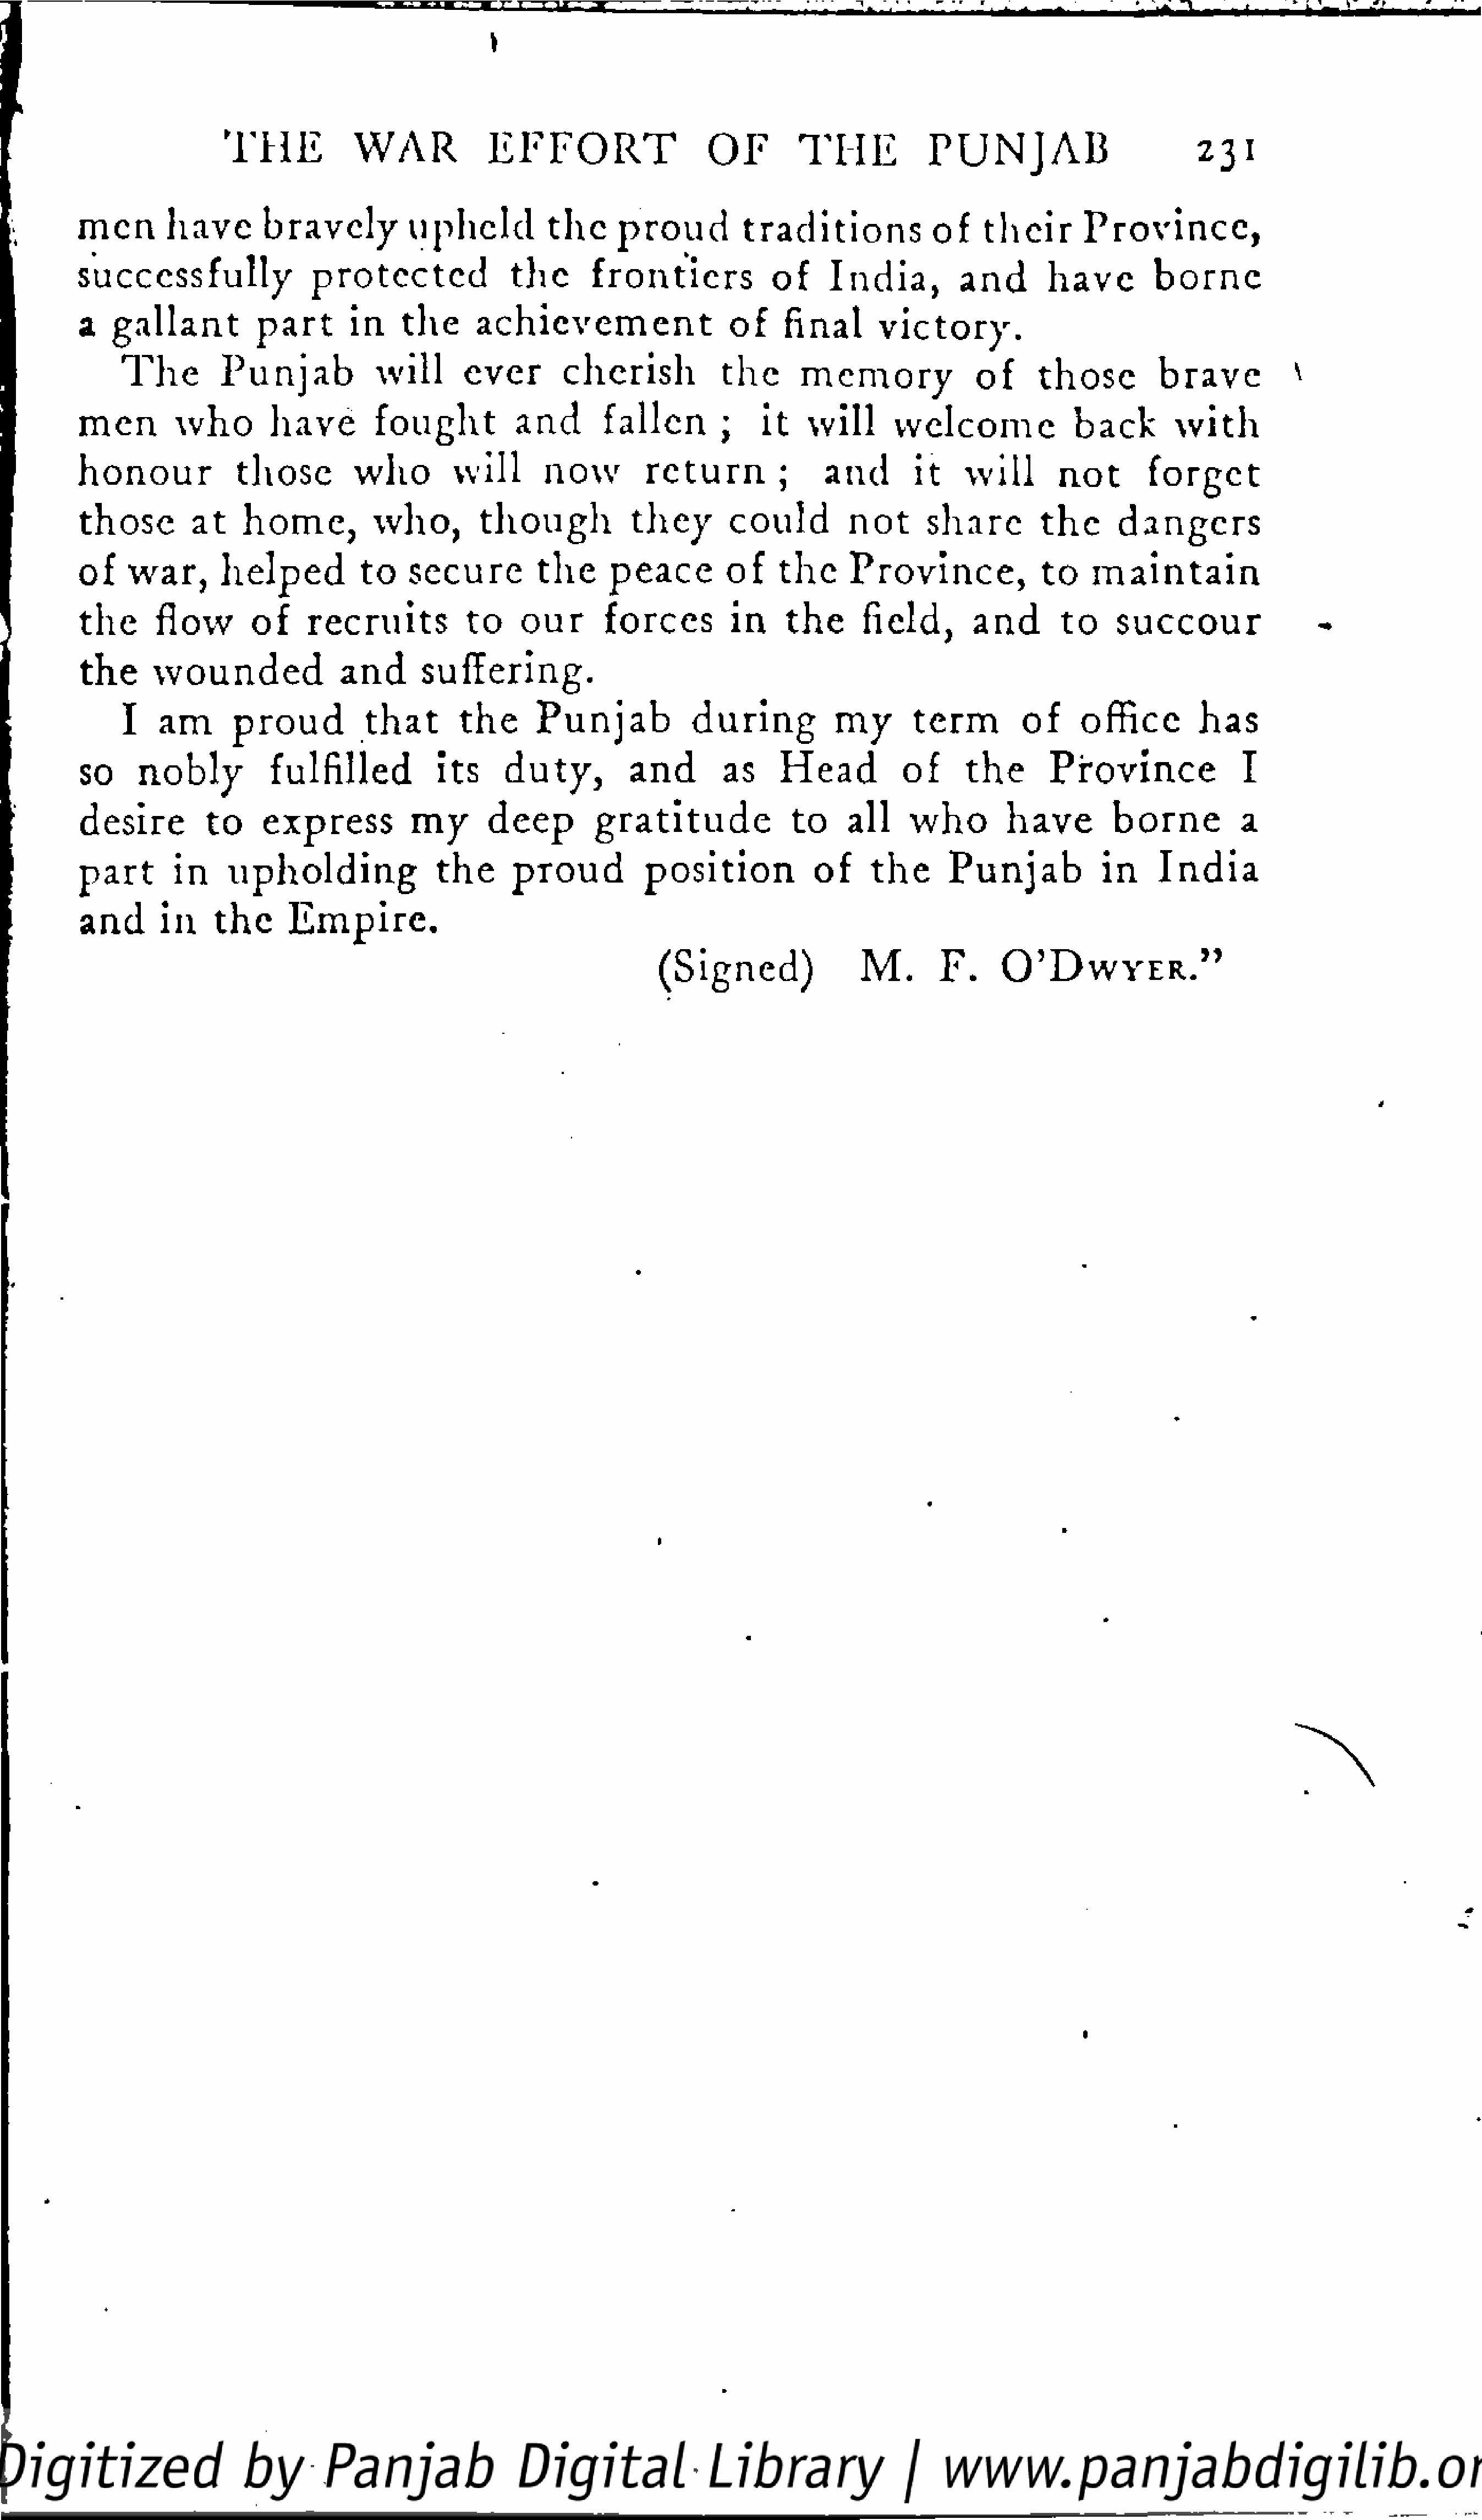
)
 T   HE         WAR             E  F   F  O    RT        OF         T   HE         P  U   N   J  AB                231
 men        have       bravely           upheld          the     proud          traditions             of    their       Province,
 successfully                protected               the       frontiers            of     India,         and        have         borne
 a   gallant          part       in    the     achievement                    of    final       victory.
 T   he      Punjab            will       ever        cherish           the       memory               of     those         brave          *
 men        who        have        fought           and        fallen        ;   it    will      welcome               back        with
 honour             those         who         will       now         return         ;     and       it    will        not        forget
 those        at    home,          who,         though            they       could         not      share         the      dangers
 of   war,        helped          to    secure         the     peace         of    the      Province,              to    maintain
 the     flow        of     recruits           to    our       forces         in    the       field,       and       to     succour
 the     wounded               and        suffering.
 I   am       proud           that       the      Punjab            during           my       term         of     office        has
 so     nobly          fulfilled           its     duty,          and        as     Head           of     the       Province               I
 desire         to    express           my       deep         gratitude              to    all     who        have         borne          a
 part       in    upholding                the      proud          position            of     the      Punjab            in      India
 and      in     the     Empire.
 (Signed)                M.       F.
 O  ' D  W   Y   E  R  ."
 <